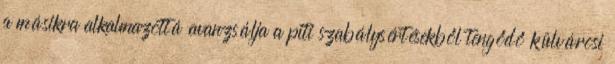
a másikra alkalmazottá avanzsálja a piti szabálysértésekből tengődő külvárosi